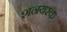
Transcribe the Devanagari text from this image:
शनयरक